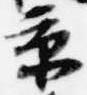
京